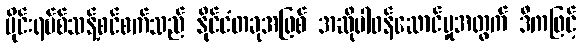
ဗိုင်းရပ်စ်သန့်စင်စက်သည် နိုင်ငံတခုအဖြစ် အဆိုပါဝန်ဆောင်မှုအတွက် ဒီကဖြင့်